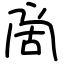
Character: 啇